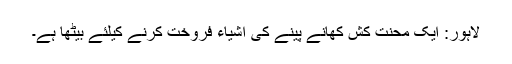
لاہور: ایک محنت کش کھانے پینے کی اشیاء فروخت کرنے کیلئے بیٹھا ہے۔